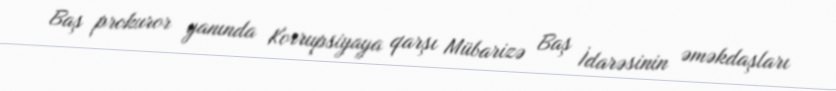
Baş prokuror yanında Korrupsiyaya qarşı Mübarizə Baş İdarəsinin əməkdaşları